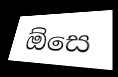
ඕසෙ